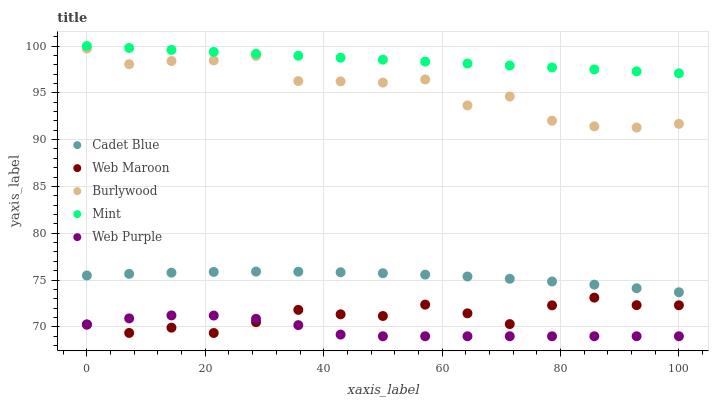
| xaxis_label | Cadet Blue | Web Maroon | Burlywood | Mint | Web Purple |
 | --- | --- | --- | --- | --- | --- |
 | 0 | 75.5 | 70.2 | 99.7 | 100 | 70.3 |
 | 7.14 | 75.7 | 69.4 | 98.1 | 99.8 | 70.9 |
 | 14.3 | 75.8 | 69.9 | 98.4 | 99.6 | 71.2 |
 | 21.4 | 75.9 | 69.3 | 98.5 | 99.4 | 71.2 |
 | 28.6 | 75.9 | 70.5 | 98.9 | 99.2 | 70.9 |
 | 35.7 | 75.9 | 71.8 | 96.3 | 99 | 70.2 |
 | 42.9 | 75.8 | 71.3 | 96.2 | 98.8 | 69.2 |
 | 50 | 75.7 | 71.2 | 96.1 | 98.5 | 69 |
 | 57.1 | 75.6 | 72.4 | 96.4 | 98.3 | 69 |
 | 64.3 | 75.4 | 71.4 | 93.7 | 98.1 | 69 |
 | 71.4 | 75.1 | 70.3 | 94.6 | 97.9 | 69 |
 | 78.6 | 74.8 | 72.3 | 92 | 97.7 | 69 |
 | 85.7 | 74.5 | 73.1 | 91.4 | 97.5 | 69 |
 | 92.9 | 74.1 | 72.3 | 91.3 | 97.3 | 69 |
 | 100 | 73.7 | 72.3 | 91.7 | 97.1 | 69 |